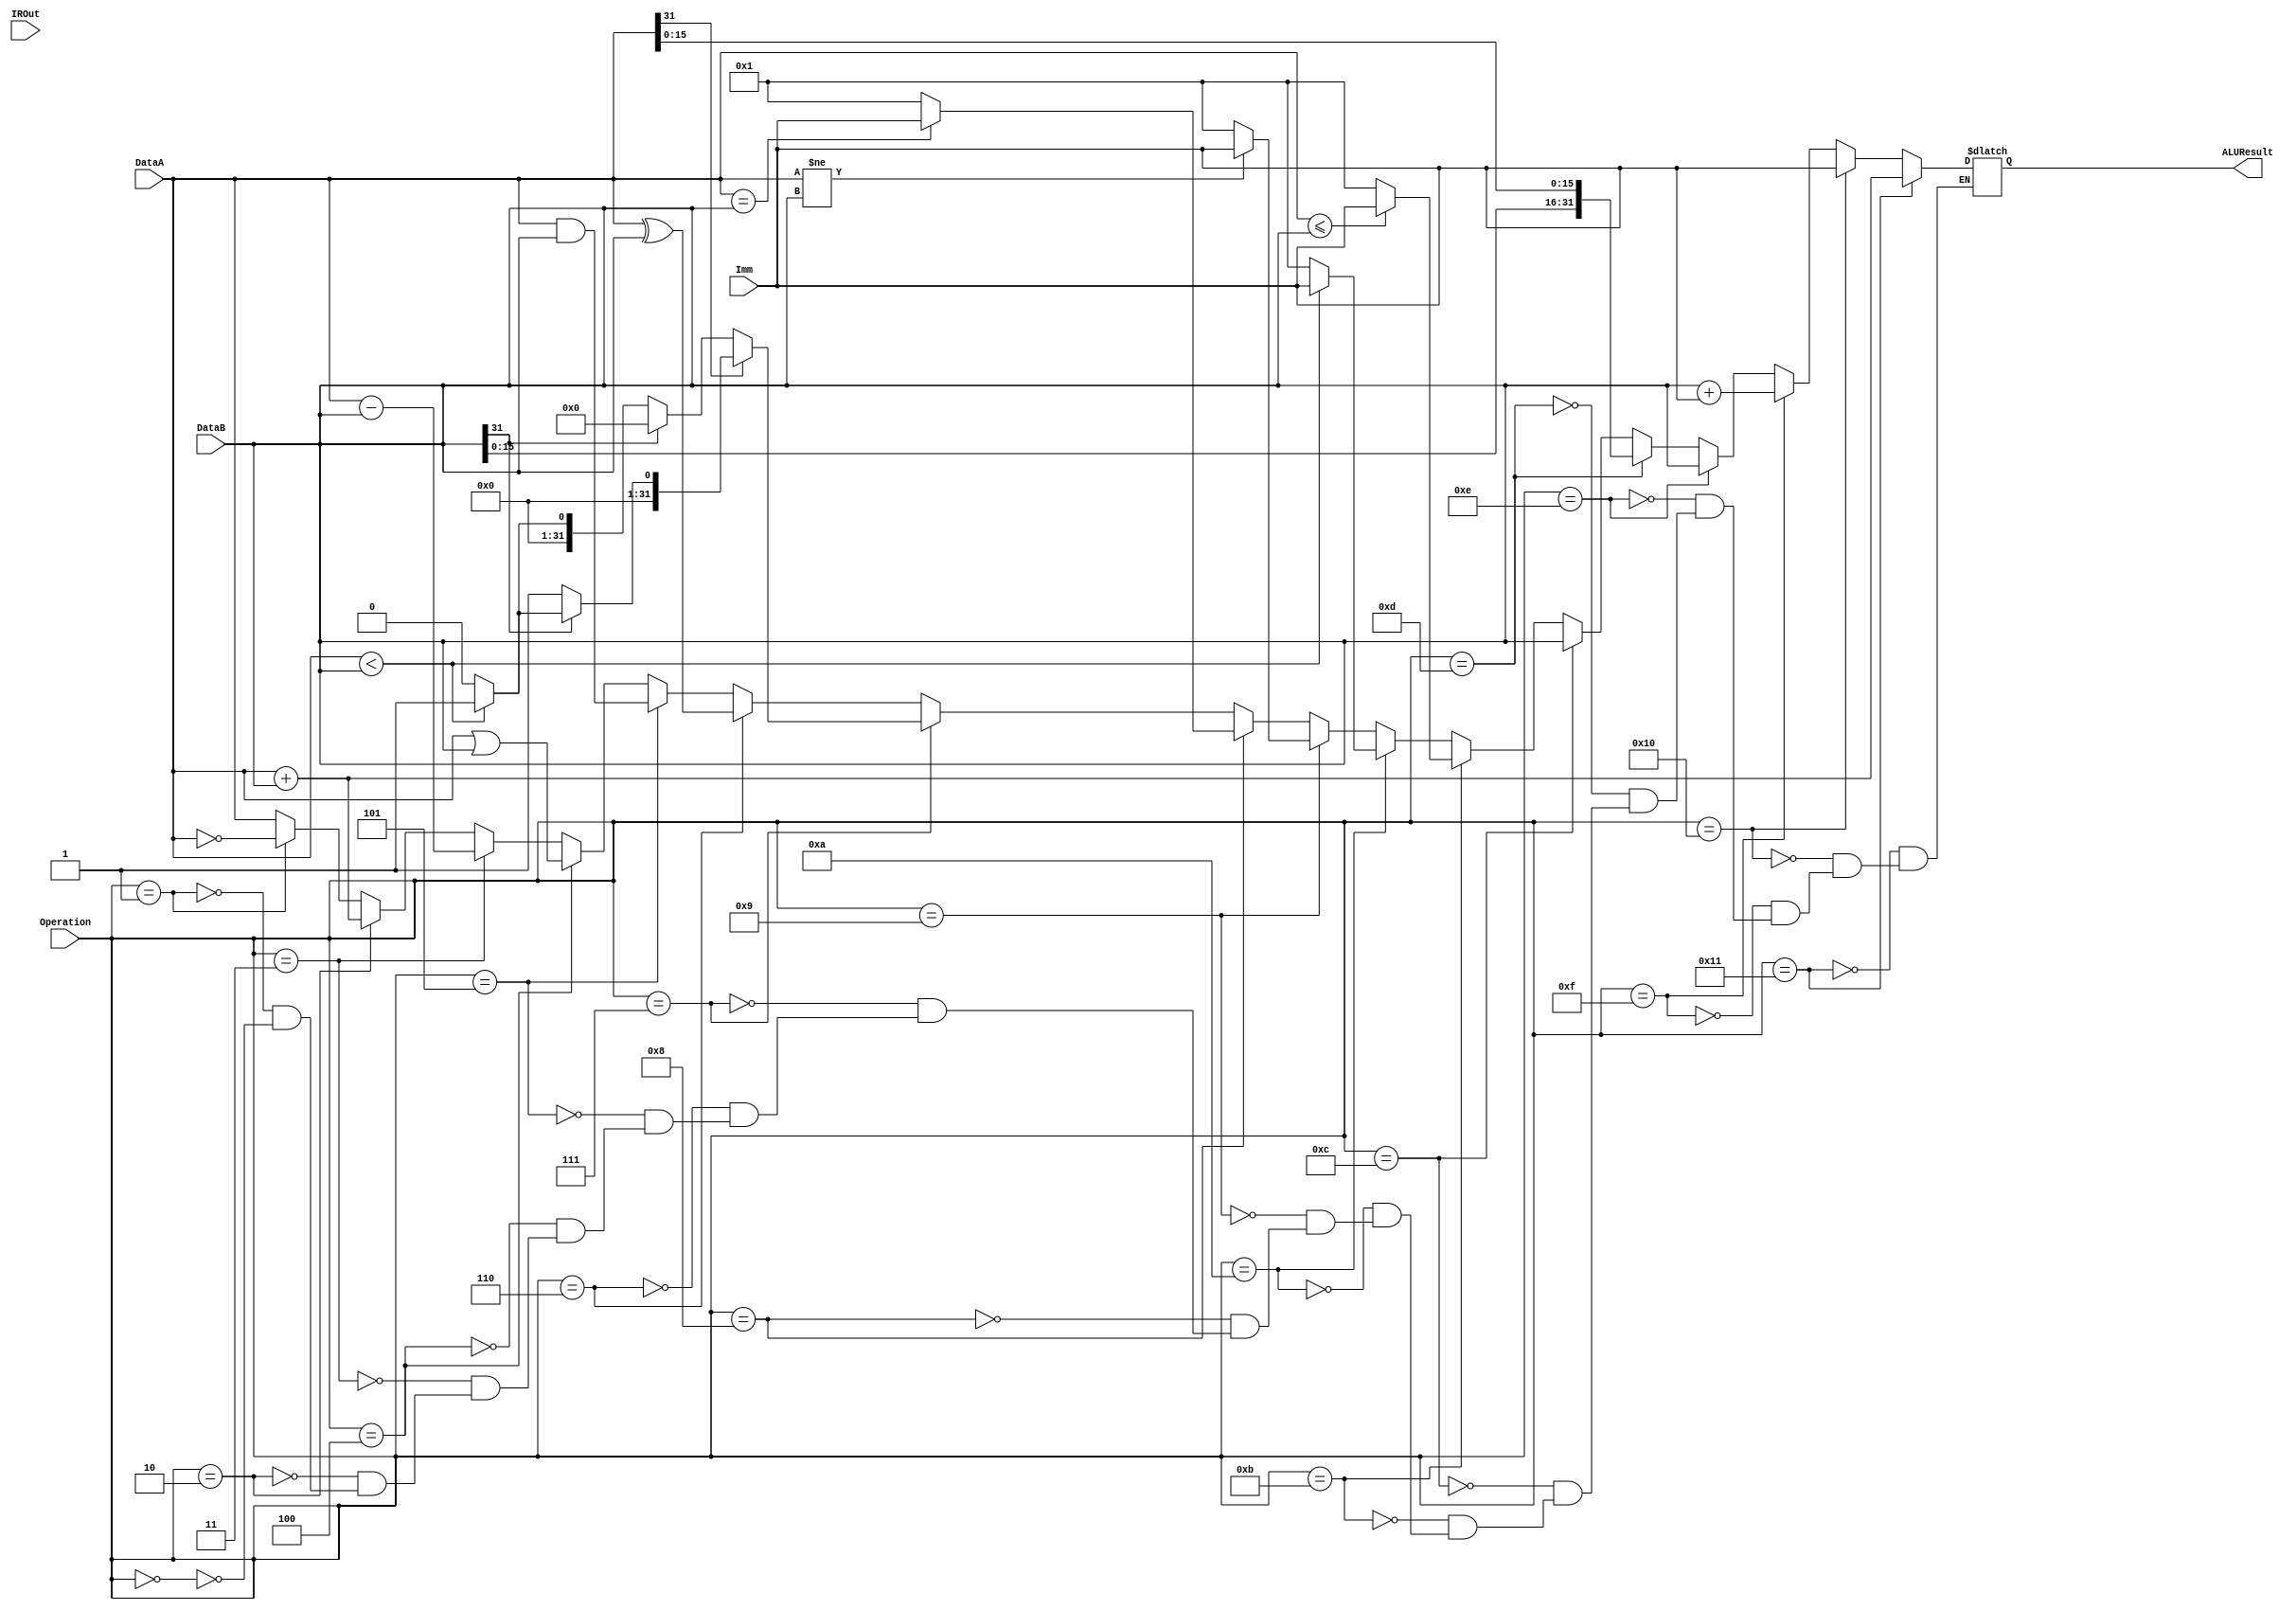
`timescale 1ns / 1ps

//This does all the calculations
module MainALU(
	//Outputs
	ALUResult,
	//Inputs
	DataA, DataB, Operation, IROut, Imm
    );
	 
//OUTPUTS------------------------
	output [31:0] ALUResult;
//INPUTS-------------------------
	input [31:0] DataA, DataB, IROut, Imm;
	input	[4:0] Operation;
//OTHER--------------------------
	reg [31:0] ALUResult;
//CODE---------------------------
	//Functions are as follows:
		//00000 = MOV
		//00001 = NOT
		//00010 = ADD
		//00011 = SUB
		//00100 = OR
		//00101 = AND
		//00110 = XOR
		//00111 = SLT
		//01000 = BEQ
		//01001 = BNE
		//01010 = BLT
		//01011 = BLE
		//01100 = LI
		//01101 = LUI
		//01110 = LWI
		//01111 = LW
		//10000 = SWI
		//10001 = SW
		//10010 = JAL

	always @ (Operation, DataA, DataB) begin
		//MOV
		if (Operation == 5'b 00000) begin	
			ALUResult = DataA;
		end
		//NOT
		if (Operation == 5'b 00001) begin
			ALUResult = ~(DataA);
		end
		//ADD
		if (Operation == 5'b 00010) begin
			ALUResult = (DataA+DataB);			
		end
		//SUB
		if (Operation == 5'b 00011) begin
			ALUResult = (DataA-DataB);
		end
		//OR
		if (Operation == 5'b 00100) begin
			ALUResult = (DataA|DataB);
		end
		//AND
		if (Operation ==  5'b 00101) begin
			ALUResult = (DataA&DataB);
		end
		//XOR
		if (Operation == 5'b 00110) begin
			ALUResult = (DataA^DataB);
		end
		//SLT
		if (Operation == 5'b 00111) begin
			if (DataA[31] == 1'b 1)begin //for a negative A
				if (DataB[31] == 1'b 0) begin //Neg A and Pos B (cleraly B is bigger than A)
					ALUResult = 32'b 1;
				end
				else if (DataA<DataB)begin //Neg A and Neg B (unsigned, B is bigger, and signed, it's less negative e.g 10000(-16) vs 11111(-1))
					ALUResult = 32'b 1;
					end
				else
					ALUResult = 32'b 0;
			end
			else begin 						//for a positive A
				if (DataB[31] == 1'b 1) begin //Pos A and Neg B (cleraly A is greater than B)
					ALUResult = 32'b 0;
				end
				else if (DataA<DataB) begin	//Pos A and Pos B (unsigned, this test works)
					ALUResult = 32'b 1;
				end
				else
					ALUResult = 32'b 0;
			end
		end
		//BEQ
		if (Operation == 5'b 01000) begin	
			if (DataA==DataB)
				ALUResult = Imm;
			else
				ALUResult = 32'b 1;
		end
		//BNE
		if (Operation == 5'b 01001) begin	
			if (DataA!=DataB)
				ALUResult = Imm;
			else
				ALUResult = 32'b 1;
		end
		//BLT
		if (Operation == 5'b 01010) begin	
			if (DataA<DataB) 
				ALUResult = Imm;
			else
				ALUResult = 32'b 1;
		end
		//BLE
		if (Operation == 5'b 01011) begin	
			if (DataA<=DataB)
				ALUResult = Imm;
			else
				ALUResult = 32'b 1;
		end
		//LI
		if (Operation == 5'b 01100) begin	
				//ALUResult = {DataA[31:16], DataB[15:0]}; 
				ALUResult =  DataB; 
		end
		//LUI
		if (Operation == 5'b 01101) begin	
				ALUResult = {DataB[15:0], DataA[15:0]};
		end
		//LWI
		if (Operation == 5'b 01110) begin
			ALUResult = DataB; //Address of where to load from
		end
		//LW
		if (Operation == 5'b 01111) begin
			ALUResult = DataB + Imm; //Address of where to load from
		end
		//SWI
		if (Operation == 5'b 10000) begin
			ALUResult = Imm;			//Address for where to write
		end
		//SW
		if (Operation == 5'b 10001) begin
			ALUResult = (DataA+DataB); //Address for where to write
		end

	end
endmodule